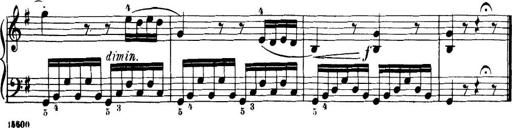
Title: 32 Sonatinas and Rondos for the Piano
Composer: Richard Kleinmichel